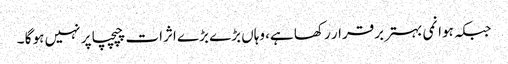
جبکہ ہوا نمی بہتر برقرار رکھا ہے، وہاں بڑے بڑے اثرات چپچپا پر نہیں ہو گا ۔